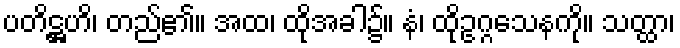
ပတိဋ္ဌဟိ၊ တည်၏။ အထ၊ ထိုအခါ၌။ နံ၊ ထိုဥဂ္ဂသေနကို။ သတ္ထာ၊